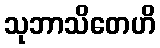
သုဘာသိတေဟိ